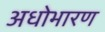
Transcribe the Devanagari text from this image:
अधोभारण